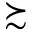
\succsim